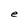
Character: e